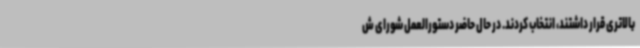
بالاتری قرار داشتند، انتخاب کردند. در حال حاضر دستورالعمل شورای ش